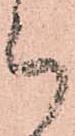
郎